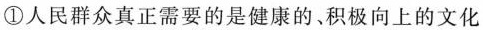
①人民群众真正需要的是健康的、积极向上的文化